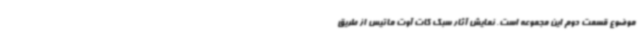
موضوع قسمت دوم این مجموعه است. نمایش آثار سبک کات آوت ماتیس از طریق